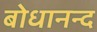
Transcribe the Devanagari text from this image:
बोधानन्द